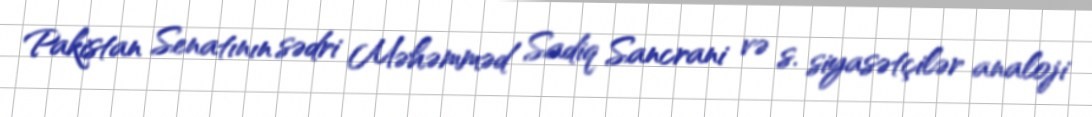
Pakistan Senatının sədri Məhəmməd Sadiq Sancrani və s. siyasətçilər analoji